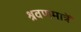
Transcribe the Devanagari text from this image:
श्रवणमात्रें